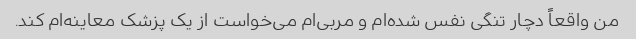
من واقعاً دچار تنگی نفس شده‌ام و مربی‌ام می‌خواست از یک پزشک معاینه‌ام کند.